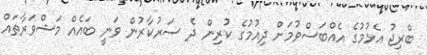
ބްރިޖު އެޅުމުގެ އެއްބަސްވުމަށް ދިއުމުގެ ކުރިން ދެ ސަރުކާރުން ވަނީ ބައެއް މަޝްވަރާތައް